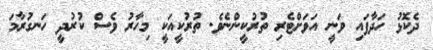
ދެކޮޅު ހަދާފައި ވަނީ އަވަށްޓެރި ތުރުކީންނެވެ. ތުރުކީއަކީ މިހާރު ވެސް ކުރުދީ ހަނގުރާމަ